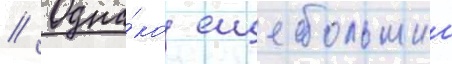
// Одна́ко еще большии